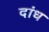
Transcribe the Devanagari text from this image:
दांध